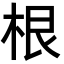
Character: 根